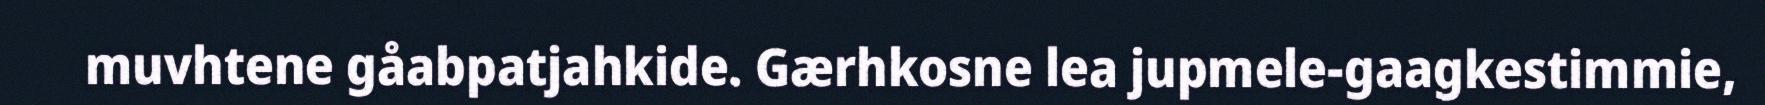
muvhtene gåabpatjahkide. Gærhkosne lea jupmele-gaagkestimmie,